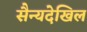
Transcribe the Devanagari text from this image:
सैन्यदेखिल